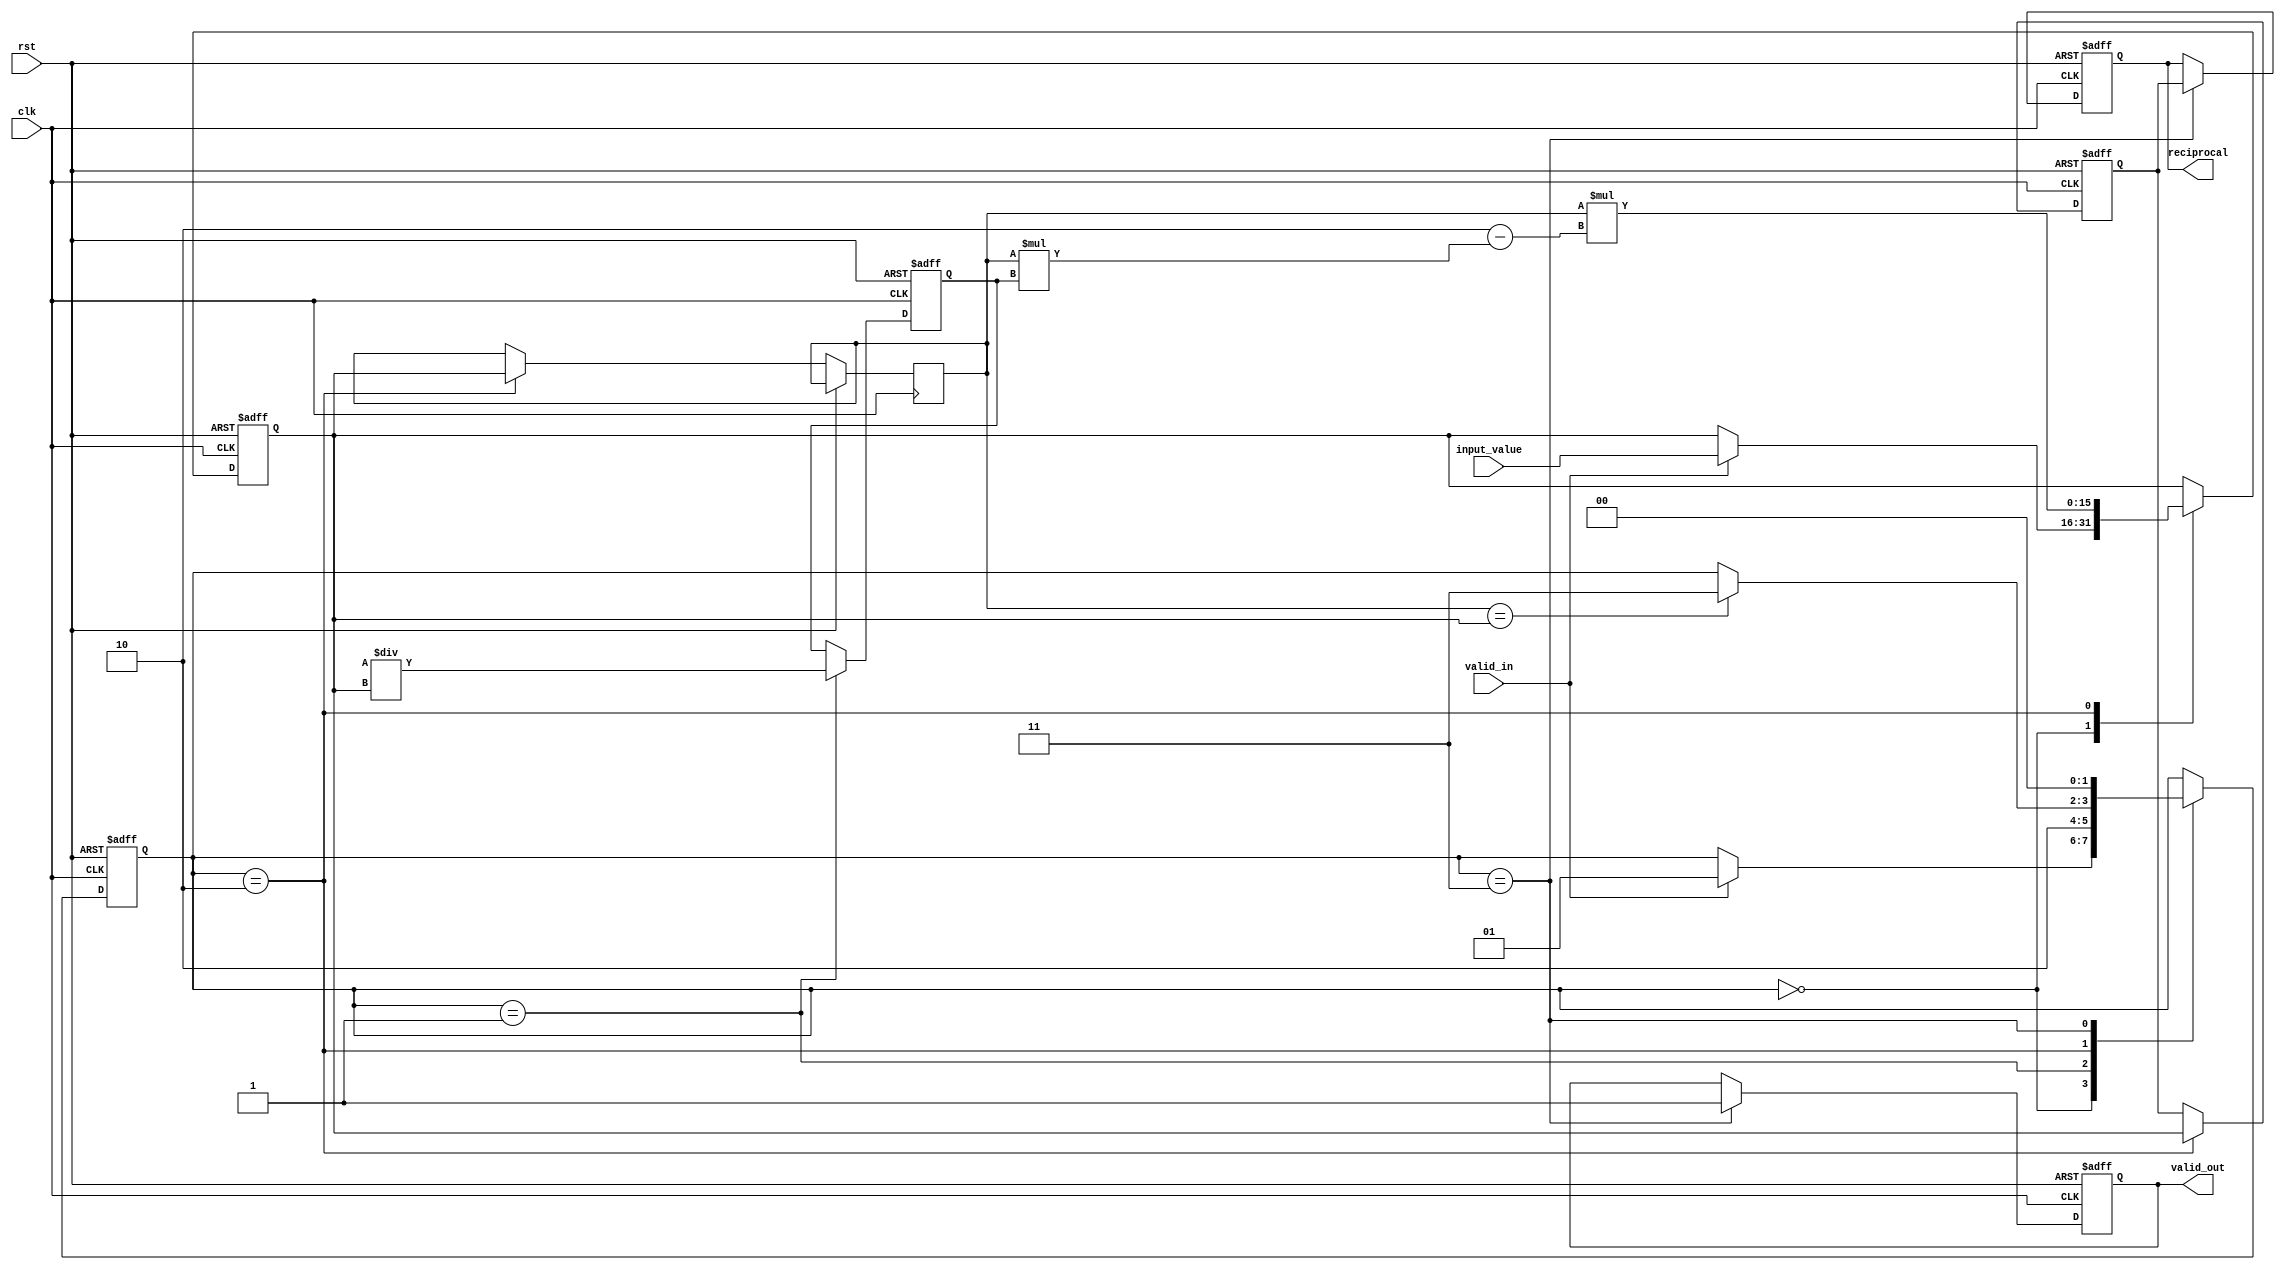
module systolic_array_reciprocal #(parameter WIDTH = 16) (
    input wire clk,
    input wire rst,
    input wire valid_in,
    input wire [WIDTH-1:0] input_value,
    output reg valid_out,
    output reg [WIDTH-1:0] reciprocal
);
    
    // Internal signals for PEs
    reg [WIDTH-1:0] PE [1:0][1:0]; // 2x2 PE array
    reg [WIDTH-1:0] temp;
    reg [1:0] state; // State for control logic

    // State Encoding
    localparam IDLE = 2'b00,
               INIT = 2'b01,
               COMPUTE = 2'b10,
               OUTPUT = 2'b11;

    // Initialize the PE array
    integer i, j;
    always @(posedge clk or posedge rst) begin
        if (rst) begin
            valid_out <= 0;
            reciprocal <= 0;
            state <= IDLE;
            for (i = 0; i < 2; i = i + 1) begin
                for (j = 0; j < 2; j = j + 1) begin
                    PE[i][j] <= 0;
                end
            end
        end else begin
            case (state)
                IDLE: begin
                    if (valid_in) begin
                        // Initialize PEs with input value
                        PE[0][0] <= input_value; // Load input to the first PE
                        state <= INIT;
                    end
                end
                
                INIT: begin
                    // Initialize other PEs with approximations (e.g., 1/input_value)
                    PE[0][1] <= WIDTH'h1C0000 / PE[0][0]; // Initial approximation for reciprocal
                    PE[1][0] <= PE[0][0]; // Pass input down
                    state <= COMPUTE;
                end
                
                COMPUTE: begin
                    // Compute reciprocal iteratively using Newton-Raphson method
                    // PE[0][0] (X) is our current approximation, PE[0][1] (Y) is input
                    temp <= PE[0][0];
                    PE[0][0] <= temp * (WIDTH'h2 - (temp * PE[0][1])); // X = X * (2 - X * Y)
                    
                    // Propagate results through the array
                    PE[1][1] <= PE[0][0]; // Send updated approximation to next PE
                    
                    // Check for convergence (simple criterion for demonstration)
                    if (temp == PE[0][0]) begin
                        state <= OUTPUT;
                    end
                end
                
                OUTPUT: begin
                    reciprocal <= PE[1][1]; // Get the final reciprocal from the last PE
                    valid_out <= 1; // Indicate output is valid
                    state <= IDLE; // Reset state to IDLE for next input
                end
            endcase
        end
    end
endmodule